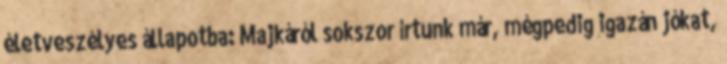
életveszélyes állapotba: Majkáról sokszor írtunk már, mégpedig igazán jókat,